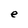
Character: e